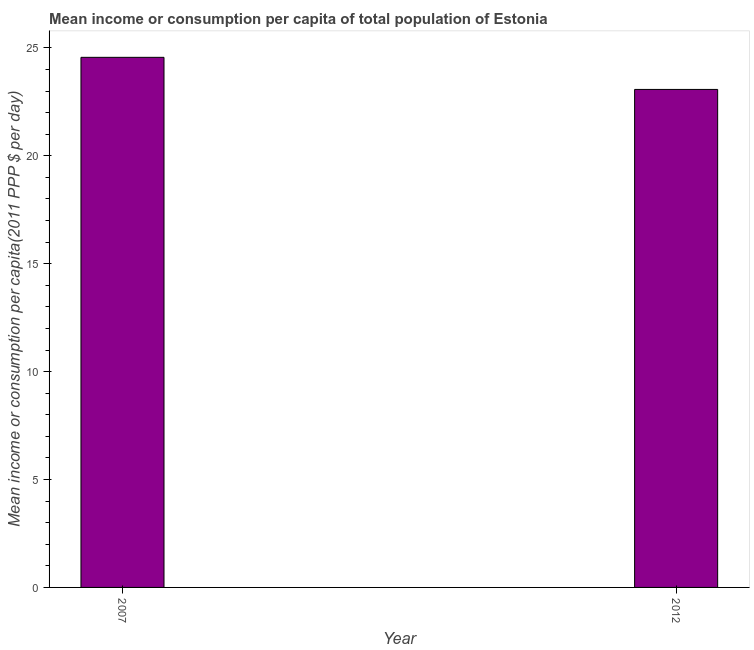
| Year | Total population |
 | --- | --- |
 | 2007 | 24.6 |
 | 2012 | 23.1 |